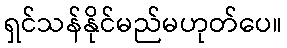
ရှင်သန်နိုင်မည်မဟုတ်ပေ။